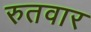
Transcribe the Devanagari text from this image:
रुतवार